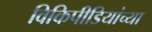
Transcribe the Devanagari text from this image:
विकिपीडियांच्या